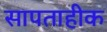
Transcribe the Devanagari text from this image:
सापताहीक